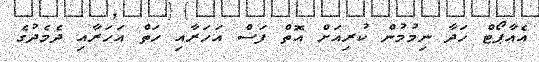
އެއާޕޯޓް ހަދާ ނިމުމުން ކުރިއަށް އޮތް ފަސް އަހަރާއި ހަތް އަހަރާއި ދެމެދުގެ